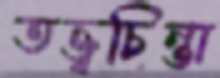
তত্ত্বচিন্তা